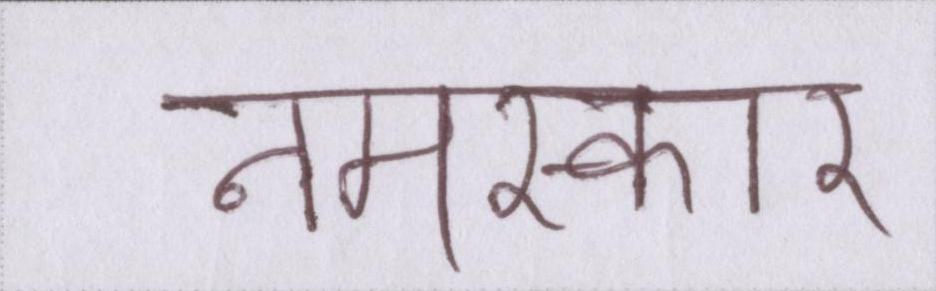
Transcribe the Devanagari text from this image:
नमस्कार